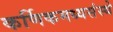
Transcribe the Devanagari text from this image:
कर्णिकमध्यसंस्थे